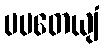
ပပတေယျံ